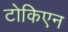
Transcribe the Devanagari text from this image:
टोकिएन